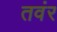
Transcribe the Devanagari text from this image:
तवंर